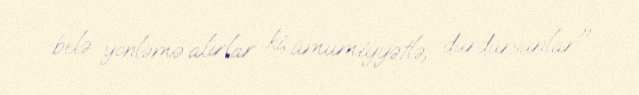
belə yönləmə alırlar ki, ümumiyyətlə, durdursunlar".